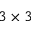
3 \times 3